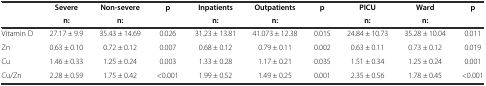
<table><thead><tr><td></td><td><b>Severe</b></td><td><b>Non-severe</b></td><td><b>p</b></td><td><b>Inpatients</b></td><td><b>Outpatients</b></td><td><b>p</b></td><td><b>PICU</b></td><td><b>Ward</b></td><td><b>p</b></td></tr><tr><td></td><td><b>n:</b></td><td><b>n:</b></td><td></td><td><b>n:</b></td><td><b>n:</b></td><td></td><td><b>n:</b></td><td><b>n:</b></td><td></td></tr></thead><tbody><tr><td>Vitamin D</td><td>27.17 ± 9.9</td><td>35.43 ± 14.69</td><td>0.026</td><td>31.23 ± 13.81</td><td>41.073 ± 12.38</td><td>0.015</td><td>24.84 ± 10.73</td><td>35.28 ± 10.04</td><td>0.011</td></tr><tr><td>Zn</td><td>0.63 ± 0.10</td><td>0.72 ± 0.12</td><td>0.007</td><td>0.68 ± 0.12</td><td>0.79 ± 0.11</td><td>0.002</td><td>0.63 ± 0.11</td><td>0.73 ± 0.12</td><td>0.019</td></tr><tr><td>Cu</td><td>1.46 ± 0.33</td><td>1.25 ± 0.24</td><td>0.003</td><td>1.33 ± 0.28</td><td>1.17 ± 0.21</td><td>0.035</td><td>1.51 ± 0.34</td><td>1.25 ± 0.24</td><td>0.001</td></tr><tr><td>Cu/Zn</td><td>2.28 ± 0.59</td><td>1.75 ± 0.42</td><td>&lt;0.001</td><td>1.99 ± 0.52</td><td>1.49 ± 0.25</td><td>0.001</td><td>2.35 ± 0.56</td><td>1.78 ± 0.45</td><td>&lt;0.001</td></tr></tbody></table>